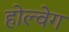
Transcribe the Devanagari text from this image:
होल्वेग